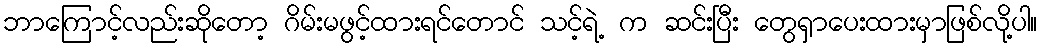
ဘာကြောင့်လည်းဆိုတော့ ဂိမ်းမဖွင့်ထားရင်တောင် သင့်ရဲ့ က ဆင်းပြီး တွေရှာပေးထားမှာဖြစ်လို့ပါ။